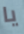
يا